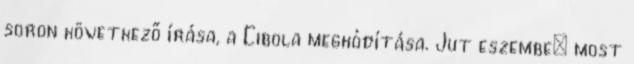
soron következő írása, a Cibola meghódítása. Jut eszembe: most